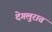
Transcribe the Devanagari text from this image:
देगलुरात